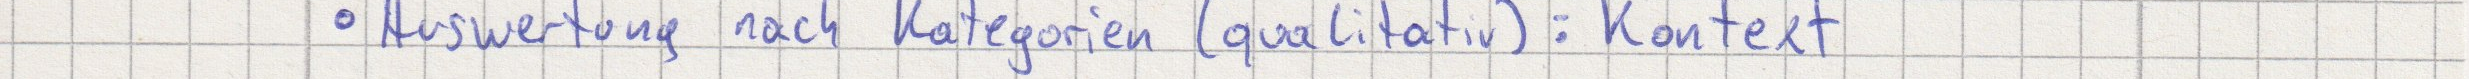
Auswertung nach Kategorie (qualitativ): Kontext